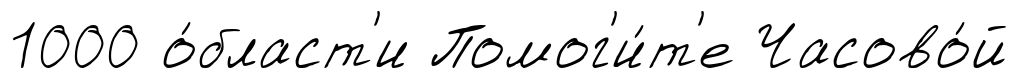
1000 о́бласт'и Помог'и́т'е Часово́й